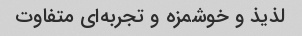
لذیذ و خوشمزه و تجربه‌ای متفاوت